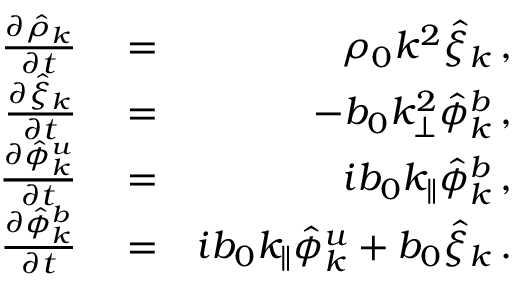
\begin{array} { r l r } { { \frac { \partial \hat { \rho } _ { k } } { \partial t } } } & { { } = } & { \rho _ { 0 } k ^ { 2 } \hat { \xi } _ { k } \, , } \\ { { \frac { \partial \hat { \xi } _ { k } } { \partial t } } } & { { } = } & { - b _ { 0 } k _ { \perp } ^ { 2 } \hat { \phi } _ { k } ^ { b } \, , } \\ { { \frac { \partial \hat { \phi } _ { k } ^ { u } } { \partial t } } } & { { } = } & { i b _ { 0 } k _ { \parallel } \hat { \phi } _ { k } ^ { b } \, , } \\ { { \frac { \partial \hat { \phi } _ { k } ^ { b } } { \partial t } } } & { { } = } & { i b _ { 0 } k _ { \parallel } \hat { \phi } _ { k } ^ { u } + b _ { 0 } \hat { \xi } _ { k } \, . } \end{array}